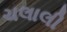
ચલાલી